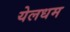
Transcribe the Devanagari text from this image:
येलधम